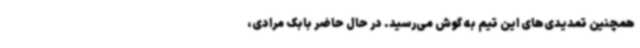
همچنین تمدیدی‌های این تیم به گوش می‌رسید. در حال حاضر بابک مرادی،